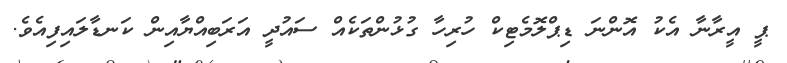
ޕީ އީރާނާ އެކު އޮންނަ ޑިޕްލޮމެޓިކް ހުރިހާ ގުޅުންތަކެއް ސައުދީ އަރަބިއްޔާއިން ކަނޑާލައިފިއެވެ.